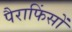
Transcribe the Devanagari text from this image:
पैराफिंसों